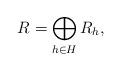
LaTeX: \begin{align*}R=\bigoplus_{h\in H} R_h,\end{align*}